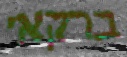
ברקאי